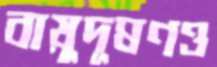
বায়ুদূষণও